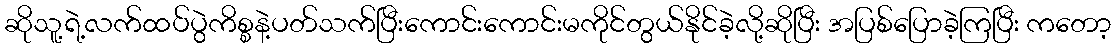
ဆိုသူ့ရဲ့လက်ထပ်ပွဲကိစ္စနဲ့ပတ်သက်ပြီးကောင်းကောင်းမကိုင်တွယ်နိုင်ခဲ့လို့ဆိုပြီး အပြစ်ပြောခဲ့ကြပြီး ကတော့